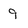
Character: 9